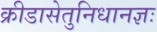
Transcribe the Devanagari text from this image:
क्रीडासेतुनिधानज्ञः